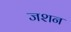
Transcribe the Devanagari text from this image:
जशन